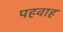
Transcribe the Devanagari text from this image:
पहवाह